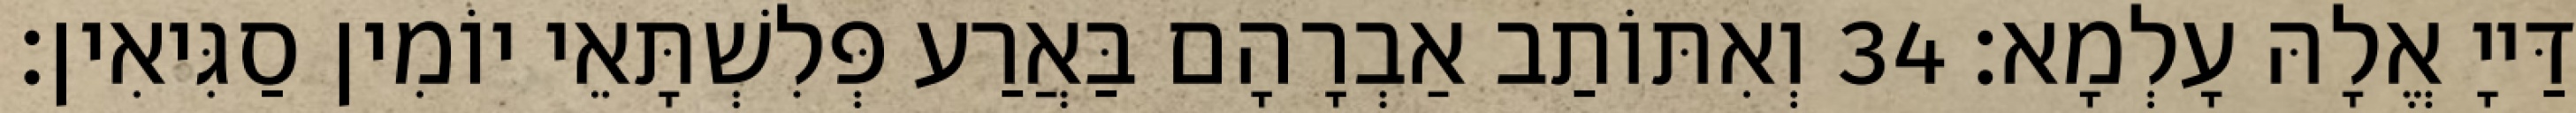
דַּייָ אֱלָהּ עָלְמָא׃ 34 וְאִתּוֹתַב אַבְרָהָם בַּאֲרַע פְּלִשְׁתָּאֵי יוֹמִין סַגִּיאִין׃